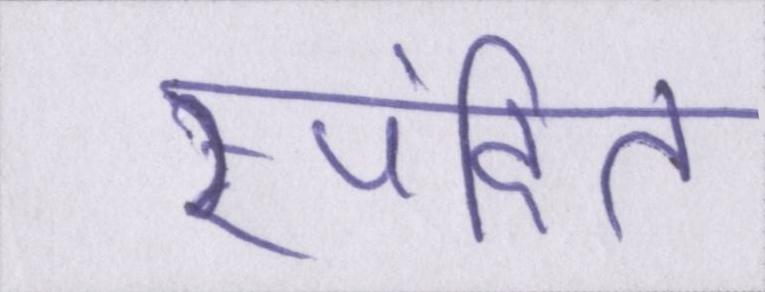
स्पंदित